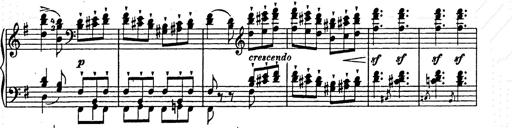
Title: Ab irato
Composer: Franz Liszt